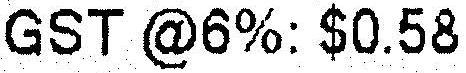
GST @6%: $0.58